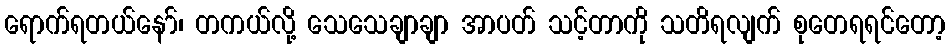
ရောက်ရတယ်နော်၊ တကယ်လို့ သေသေချာချာ အာပတ် သင့်တာကို သတိရလျက် စုတေရရင်တော့